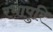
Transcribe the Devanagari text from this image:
रंभापुरि